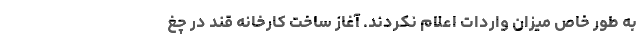
به طور خاص میزان واردات اعلام نکردند. آغاز ساخت کارخانه قند در چغ